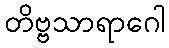
တိဗ္ဗသာရာဂေါ